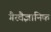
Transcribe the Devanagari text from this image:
गैरवैज्ञानिक